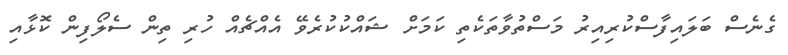
ގެނެސް ބަލައިފާސްކުރިއިރު މަސްތުވާތަކެތި ކަމަަށް ޝައްކުކުރެވޭ އެއްޗެއް ހުރި ތިން ސެލޯފިން ކޮޅާއި